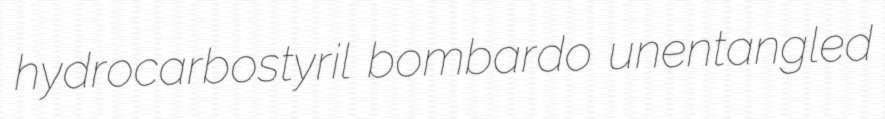
hydrocarbostyril bombardo unentangled